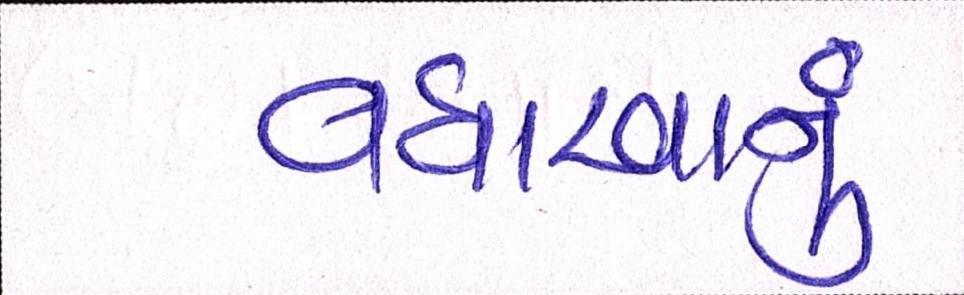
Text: વધારવાનું